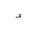
Letter: _hamza